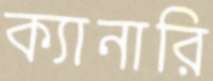
ক্যানারি